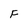
Character: F